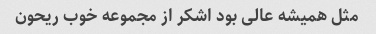
مثل همیشه عالی بود اشکر از مجموعه خوب ریحون